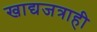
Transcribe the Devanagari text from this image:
खाद्यजत्राही